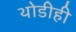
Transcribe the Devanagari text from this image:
थोडीही